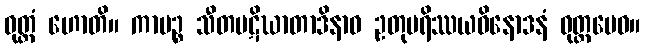
ဝုတ္တံ ဟောတိ။ ကာမဉ္စ သီတပဋိဃာတာဒိနာဝ ဥတုပရိဿယဝိနောဒနံ ဝုတ္တမေဝ။